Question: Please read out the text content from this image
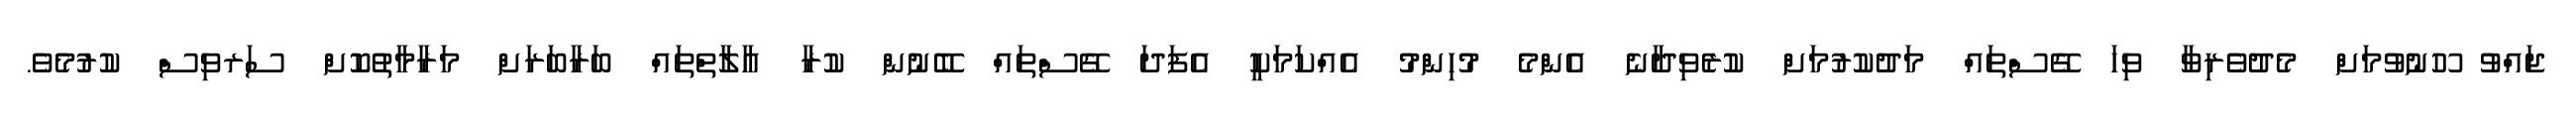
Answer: ޖައްވު ހޫނުވުމަށް މެދުވެރިވާ ވިހަ ގޭސްތައް މަދުކުރުމަށް ކުރެވިދާނެ އެންމެ މުހިންމު އެއްކަމަކީ އެފަދަ ގޭސްތައް ބޭނުން ކުރާ އާލާތްތައް ބަރާބަރަށް މަރާމާތުކޮށް ސަރވިސް ކުރުމެވެ.